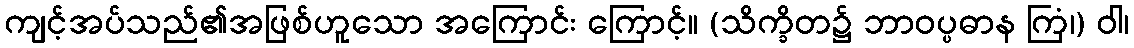
ကျင့်အပ်သည်၏အဖြစ်ဟူသော အကြောင်း ကြောင့်။ (သိက္ခိတ၌ ဘာဝပ္ပဓာန ကြံ၊) ဝါ၊